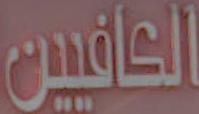
الكافيين